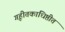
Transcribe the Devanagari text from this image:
गृहीतकाधिष्ठीत